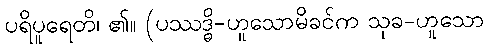
ပရိပူရေတိ၊ ၏။ (ပဿဒ္ဓိ-ဟူသောမိခင်က သုခ-ဟူသော